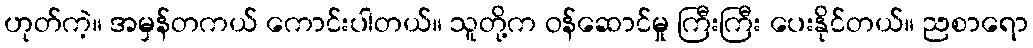
ဟုတ်ကဲ့။ အမှန်တကယ် ကောင်းပါတယ်။ သူတို့က ဝန်ဆောင်မှု ကြီးကြီး ပေးနိုင်တယ်။ ညစာရော